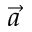
\vec { a }